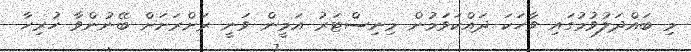
މި ބައްދަލުވުމުގައި ވާހަކަ ދައްކަވަމުން މިނިސްޓަރު އަމީން ވަނީ ރަށްރަށަށް ބޭނުންވާ ހުރިހާ